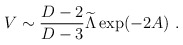
\begin{align*}V\sim{{D-2}\over{D-3}}{\widetilde{\Lambda}} \exp(-2A)~.\end{align*}